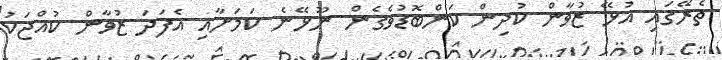
ތެރޭގައި އުޅޭ ޒުވާން ކުދިން ކަންބޮޑުވެގެން ނޫޅޭނެ ކަމަށާއި އެފަދަ ޒުވާން ކުއްޖަކު